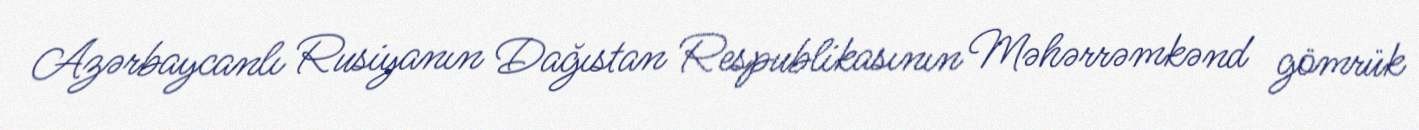
Azərbaycanlı Rusiyanın Dağıstan Respublikasının Məhərrəmkənd gömrük